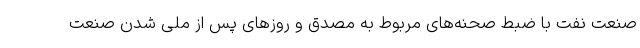
صنعت نفت با ضبط صحنه‌های مربوط به مصدق و روز‌های پس از ملی شدن صنعت